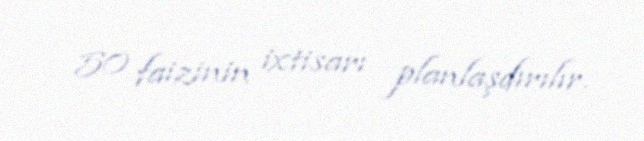
50 faizinin ixtisarı planlaşdırılır.